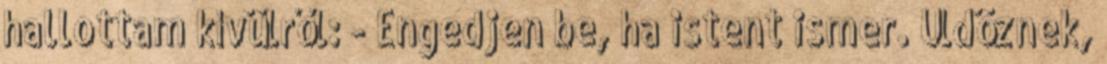
hallottam kívülről: - Engedjen be, ha istent ismer. Üldöznek,